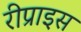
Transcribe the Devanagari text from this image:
रीप्राइस